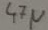
Text: 47µ